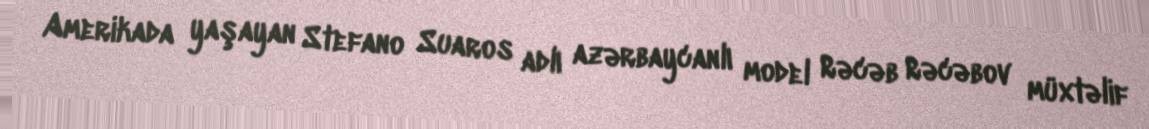
Amerikada yaşayan Stefano Suaros adlı azərbaycanlı model Rəcəb Rəcəbov müxtəlif